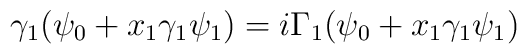
\gamma_1(\psi_0+x_1\gamma_1\psi_1)=i\Gamma_1(\psi_0+x_1\gamma_1\psi_1)